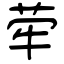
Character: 荦